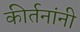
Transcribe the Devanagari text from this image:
कीर्तनांनी